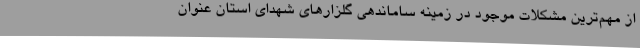
از مهم‌ترین مشکلات موجود در زمینه ساماندهی گلزارهای شهدای استان عنوان